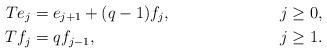
LaTeX: \begin{align*}Te_j&=e_{j+1}+(q-1)f_j,&j\ge 0,\\Tf_j&=qf_{j-1},&j\ge 1.\end{align*}